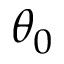
\theta _ { 0 }